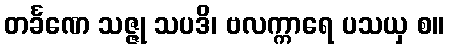
တင်္ခဏေ သဇ္ဇု သပဒိ၊ ဗလက္ကာရေ ပသယှ စ။